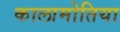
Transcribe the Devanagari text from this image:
कालामोतिया